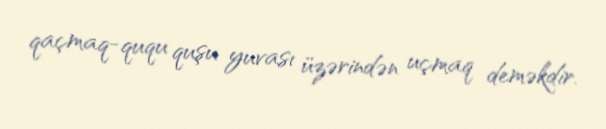
qaçmaq-ququ quşu yuvası üzərindən uçmaq deməkdir.